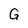
Character: G